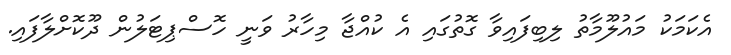
އެކަމަކު މައުލޫމާތު ލިބިފައިވާ ގޮތުގައި އެ ކުއްޖާ މިހާރު ވަނީ ހޮސްޕިޓަލުން ދޫކޮށްލާފައި.